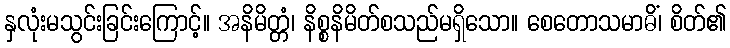
နှလုံးမသွင်းခြင်းကြောင့်။ အနိမိတ္တံ၊ နိစ္စနိမိတ်စသည်မရှိသော။ စေတောသမာဓိံ၊ စိတ်၏